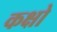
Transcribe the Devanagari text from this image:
कक्षो